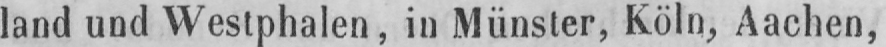
land und Westphalen, in Münster, Köln, Aachen,